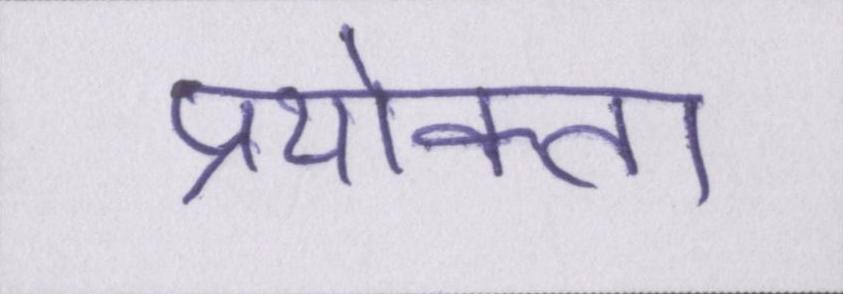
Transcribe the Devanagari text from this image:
प्रयोक्ता